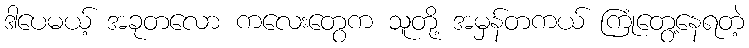
ဒါပေမယ့် အခုတလော ကလေးတွေက သူတို့ အမှန်တကယ် ကြုံတွေ့နေရတဲ့